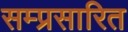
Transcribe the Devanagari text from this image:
सम्प्रसारित